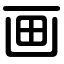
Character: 画